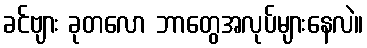
ခင်ဗျား ခုတလော ဘာတွေအလုပ်များနေလဲ။